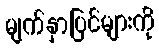
မျက်နှာပြင်များကို